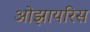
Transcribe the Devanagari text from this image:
ओझायरिस